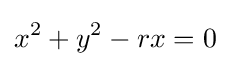
x^{2}+y^{2}-rx=0